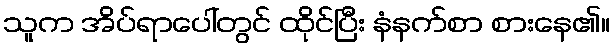
သူက အိပ်ရာပေါ်တွင် ထိုင်ပြီး နံနက်စာ စားနေ၏။